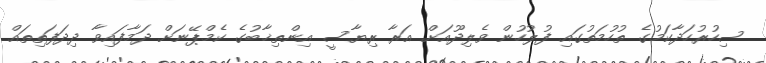
ސިހުރުހަދާކަމުގެ ތުހުމަތުގައި ފުލުހުން ވެލިދޫއަށް އަރާ ރިޔާސީ އިންތިޚާބުގެ ކެމްޕޭނަށް ދަމާފައިވާ ދިދަފަތިތައް